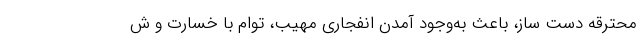
محترقه دست ساز، باعث به‌وجود آمدن انفجاری مهیب، توام با خسارت و ش